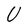
Character: U